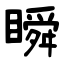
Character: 瞬